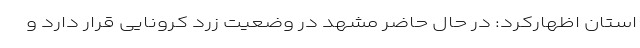
استان اظهارکرد: در حال حاضر مشهد در وضعیت زرد کرونایی قرار دارد و